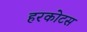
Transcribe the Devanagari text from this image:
हरकोटस